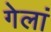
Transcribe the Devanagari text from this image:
गेलां